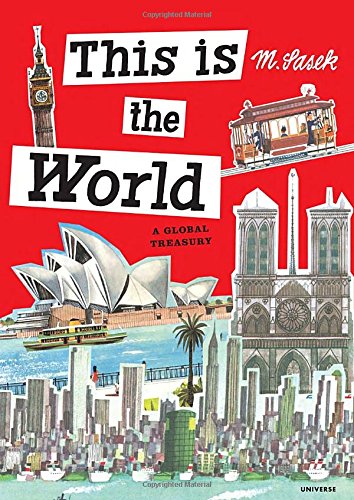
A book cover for This Is the World: A Global Treasury; Miroslav Sasek; Children's Books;